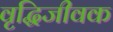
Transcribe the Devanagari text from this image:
वृद्धिजीवक